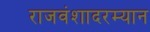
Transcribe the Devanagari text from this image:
राजवंशादरम्यान